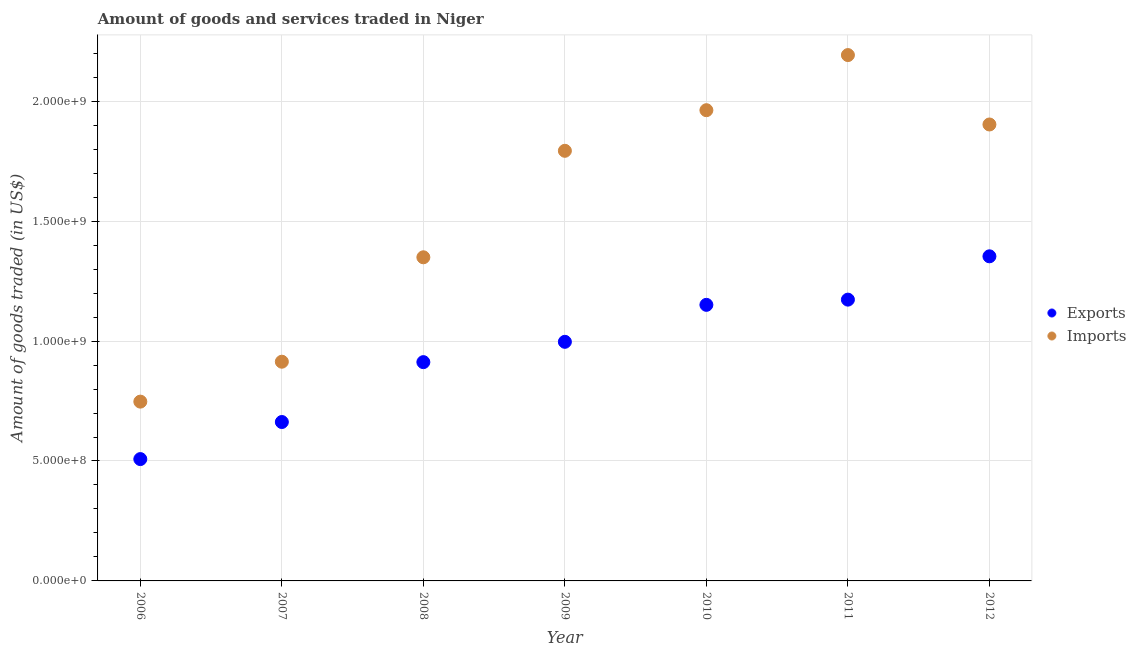
| Year | Exports | Imports |
 | --- | --- | --- |
 | 2006 | 5.08e+08 | 7.48e+08 |
 | 2007 | 6.63e+08 | 9.14e+08 |
 | 2008 | 9.12e+08 | 1.35e+09 |
 | 2009 | 9.97e+08 | 1.79e+09 |
 | 2010 | 1.15e+09 | 1.96e+09 |
 | 2011 | 1.17e+09 | 2.19e+09 |
 | 2012 | 1.35e+09 | 1.9e+09 |